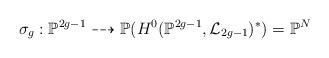
LaTeX: \begin{align*}\sigma_g:\mathbb{P}^{2g-1}\dasharrow\mathbb{P}(H^0(\mathbb{P}^{2g-1},\mathcal{L}_{2g-1})^{*}) = \mathbb{P}^N\end{align*}